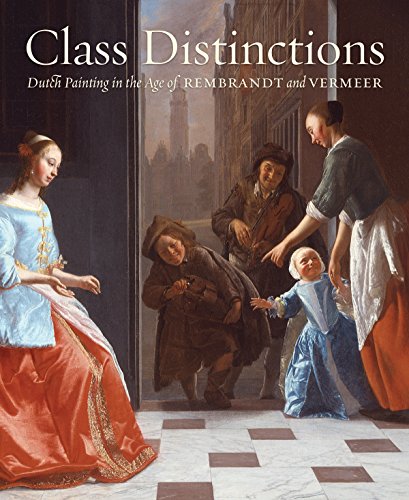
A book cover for Class Distinctions: Dutch Painting in the Age of Rembrandt and Vermeer; Ronni Baer; Arts & Photography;